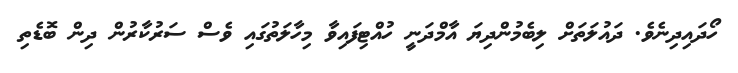
ހޯދައިދިނެވެ. ދައުލަތަށް ލިބެމުންދިޔަ އާމްދަނީ ހުއްޓިފައިވާ މިހާލަތުގައި ވެސް ސަރުކާރުން ދިން ބޮޑެތި